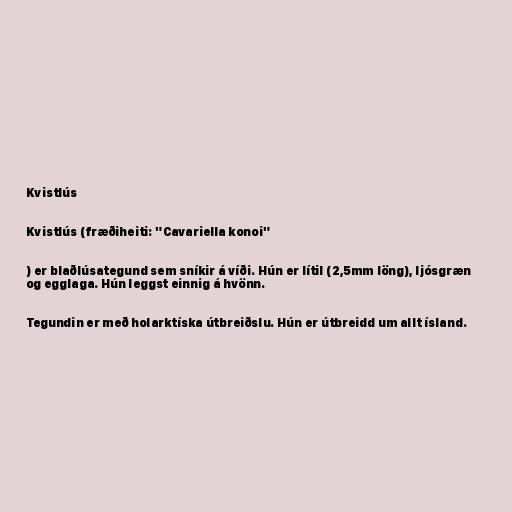
Kvistlús

Kvistlús (fræðiheiti: "Cavariella konoi"

) er blaðlúsategund sem sníkir á víði. Hún er lítil (2,5mm löng), ljósgræn
og egglaga. Hún leggst einnig á hvönn.

Tegundin er með holarktíska útbreiðslu. Hún er útbreidd um allt ísland.